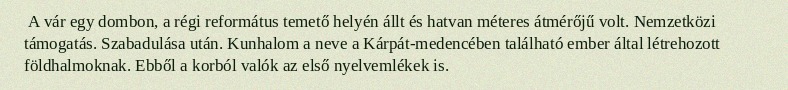
A vár egy dombon, a régi református temető helyén állt és hatvan méteres átmérőjű volt. Nemzetközi támogatás. Szabadulása után. Kunhalom a neve a Kárpát-medencében található ember által létrehozott földhalmoknak. Ebből a korból valók az első nyelvemlékek is.